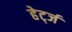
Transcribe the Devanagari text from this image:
हेर्ट्ज